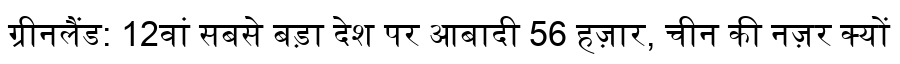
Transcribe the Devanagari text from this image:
ग्रीनलैंड: 12वां सबसे बड़ा देश पर आबादी 56 हज़ार, चीन की नज़र क्यों